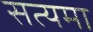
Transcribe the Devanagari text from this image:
सत्यमा